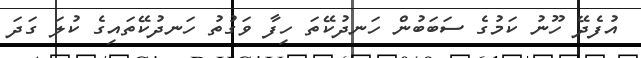
އުފެދޭ ހޫނު ކަމުގެ ސަބަބުން ހަނދުކޭތަ ހިފާ ވަގުތު ހަނދުކޭތައިގެ ކުލަ ގަދަ